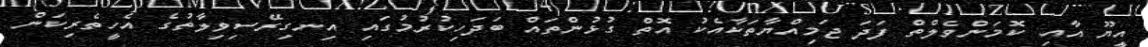
އީޔޫ އާއި ކޮމަންވެލްތް ފަދަ ޖަމިއްޔާތަކާއެކު އޮތް ގުޅުންތައް ބަދަހިކުރުމުގައި އިނގިރޭސިވިލާތުގެ އެހީތެރިކަން